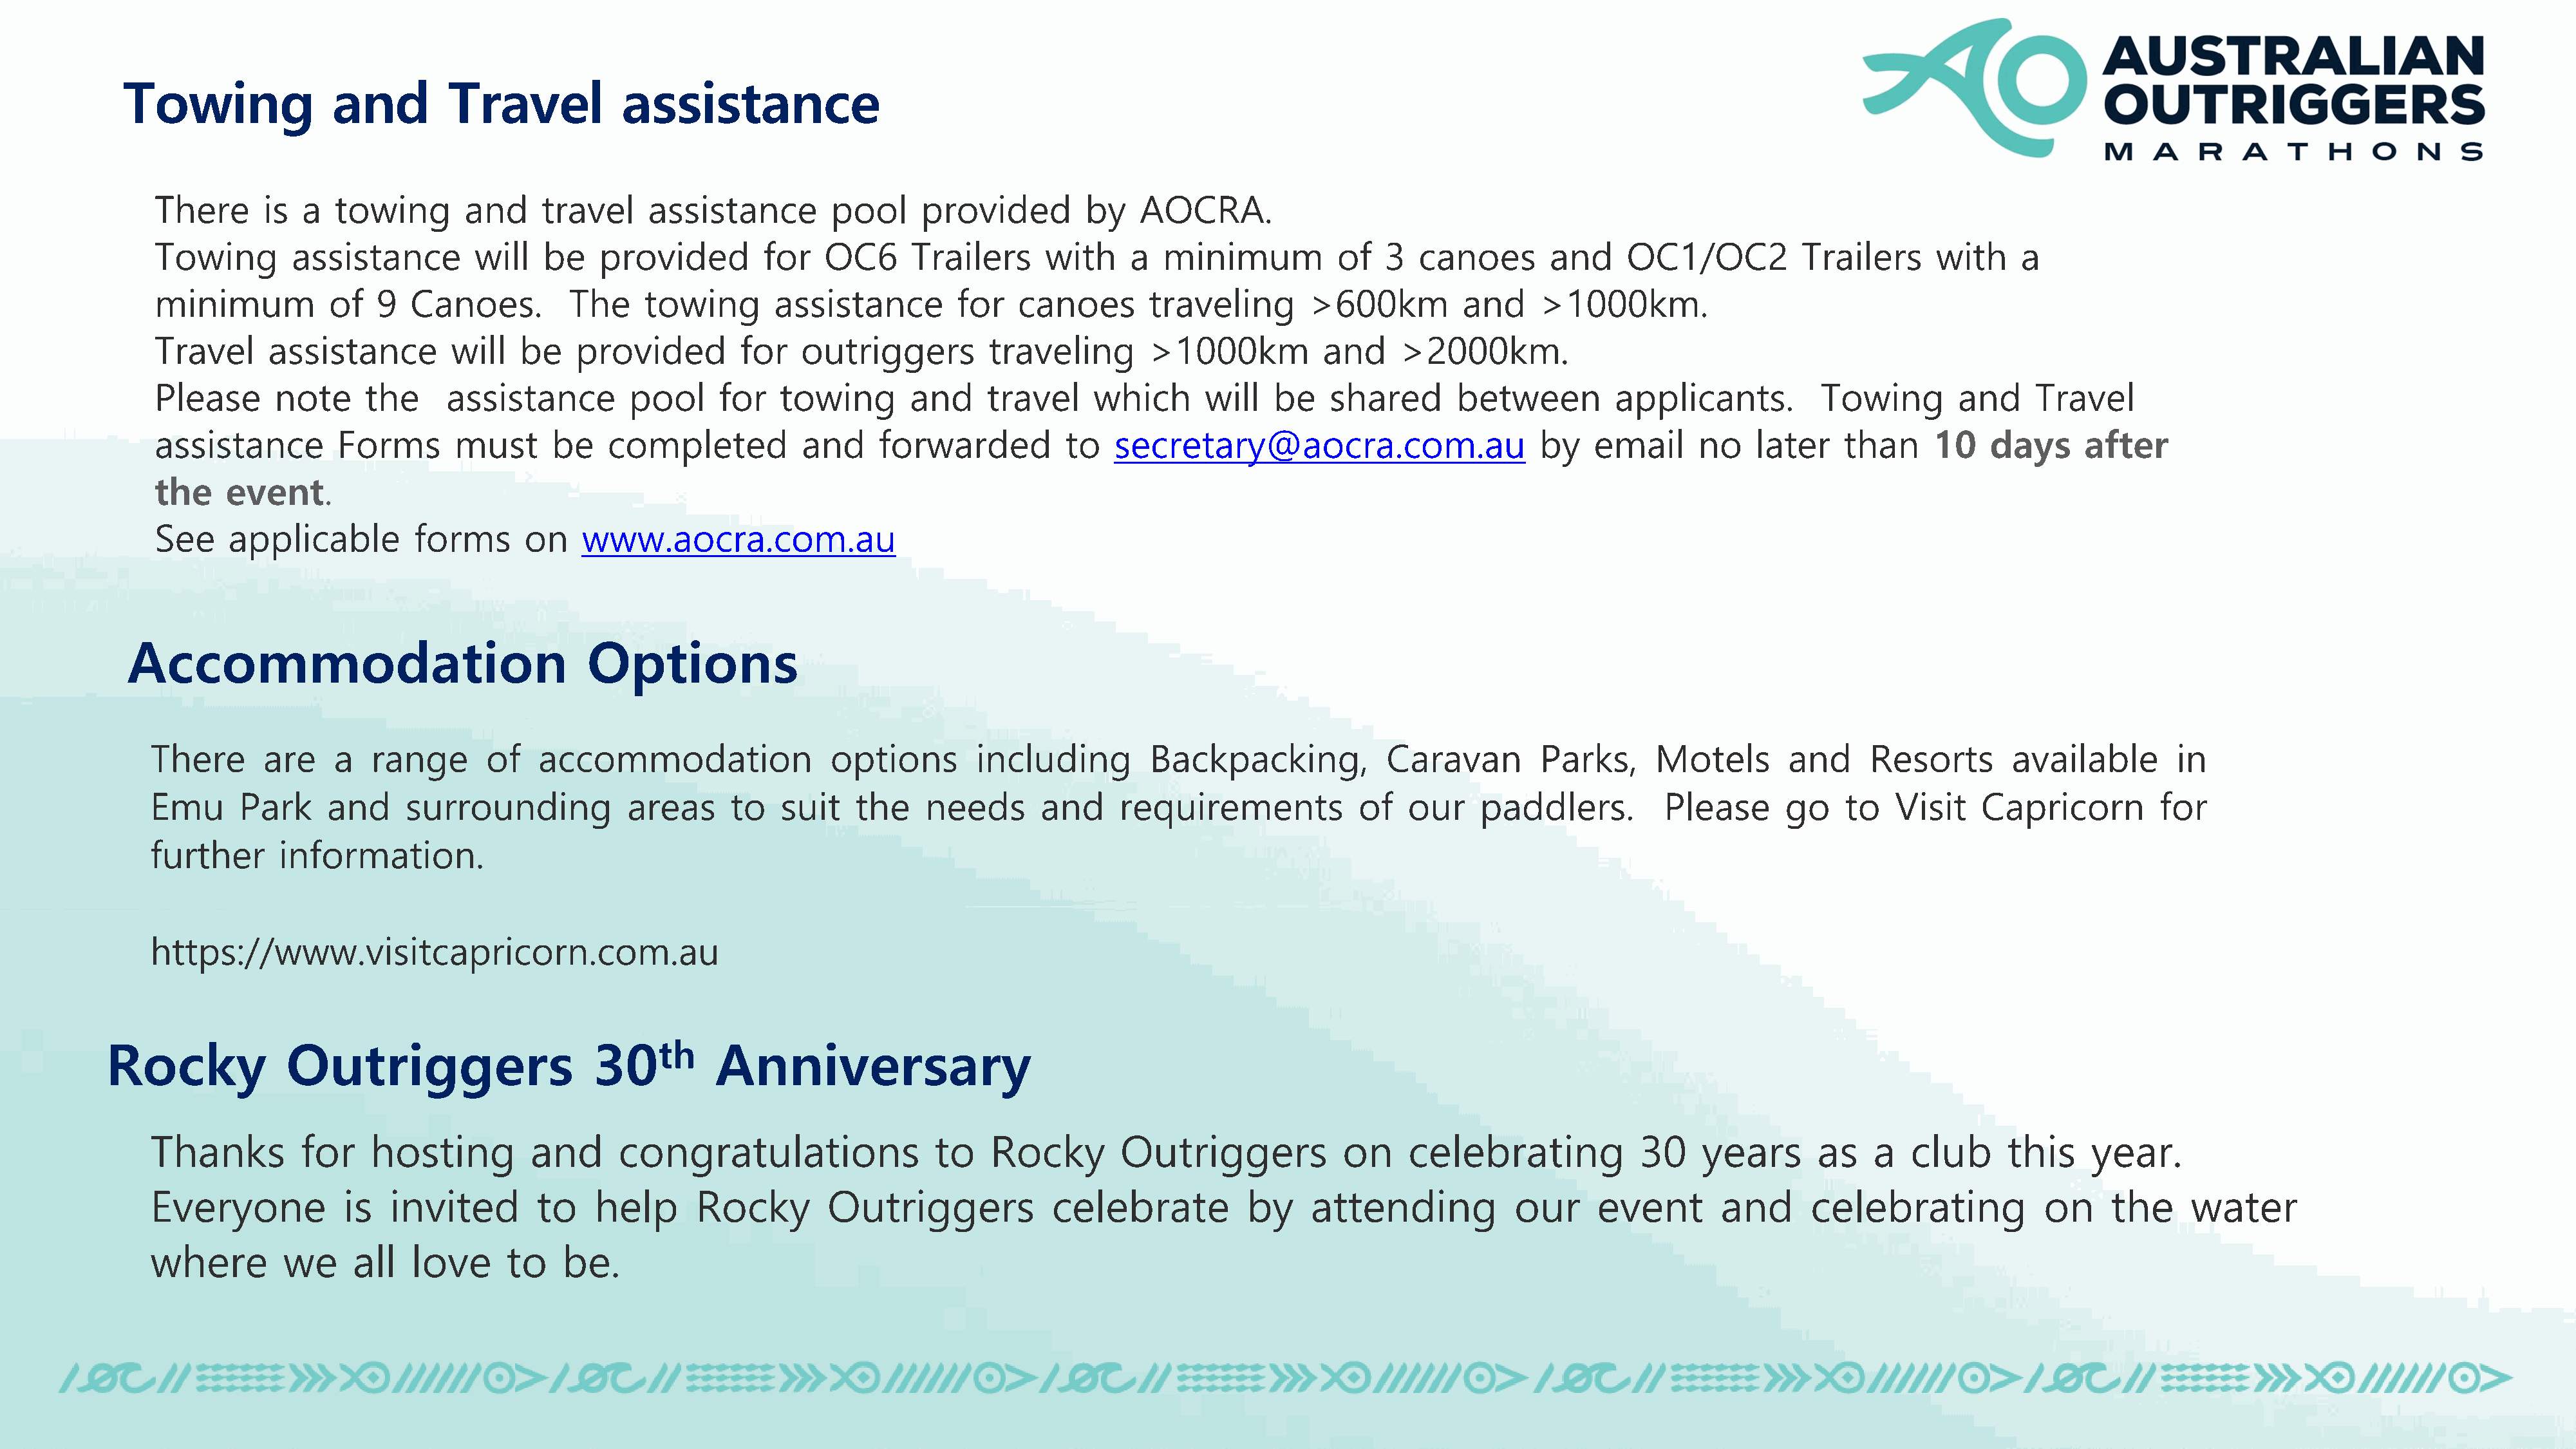
Towing               and         Travel            assistance
 There      is  a  towing        and     travel     assistance        pool      provided         by   AOCRA.
 Towing        assistance         will   be    provided        for    OC6      Trailers     with     a   minimum          of   3   canoes       and     OC1/OC2           Trailers      with     a
 minimum           of   9  Canoes.         The     towing        assistance        for    canoes       traveling        >600km         and     >1000km.
 Travel      assistance        will   be    provided         for   outriggers          traveling       >1000km           and     >2000km.
 Please      note      the     assistance         pool     for   towing        and    travel     which       will   be    shared       between         applicants.          Towing        and     Travel
 assistance         Forms       must      be   completed           and     forwarded           to   secretary@aocra.com.au                     by    email      no   later     than     10    days     after
 the    event.
 See    applicable          forms      on    www.aocra.com.au
 Accommodation                                  Options
 There       are    a   range       of   accommodation                 options        including         Backpacking,             Caravan        Parks,      Motels        and     Resorts        available        in
 Emu       Park     and     surrounding           areas      to   suit    the    needs       and     requirements             of   our    paddlers.          Please       go    to   Visit    Capricorn         for
 further       information.
 https://www.visitcapricorn.com.au
 Rocky             Outriggers                      30th         Anniversary
 Thanks          for    hosting          and      congratulations                 to    Rocky        Outriggers             on     celebrating             30    years       as    a  club      this     year.
 Everyone            is   invited        to    help       Rocky        Outriggers             celebrate           by     attending            our     event        and      celebrating             on     the     water
 where         we     all   love      to    be.